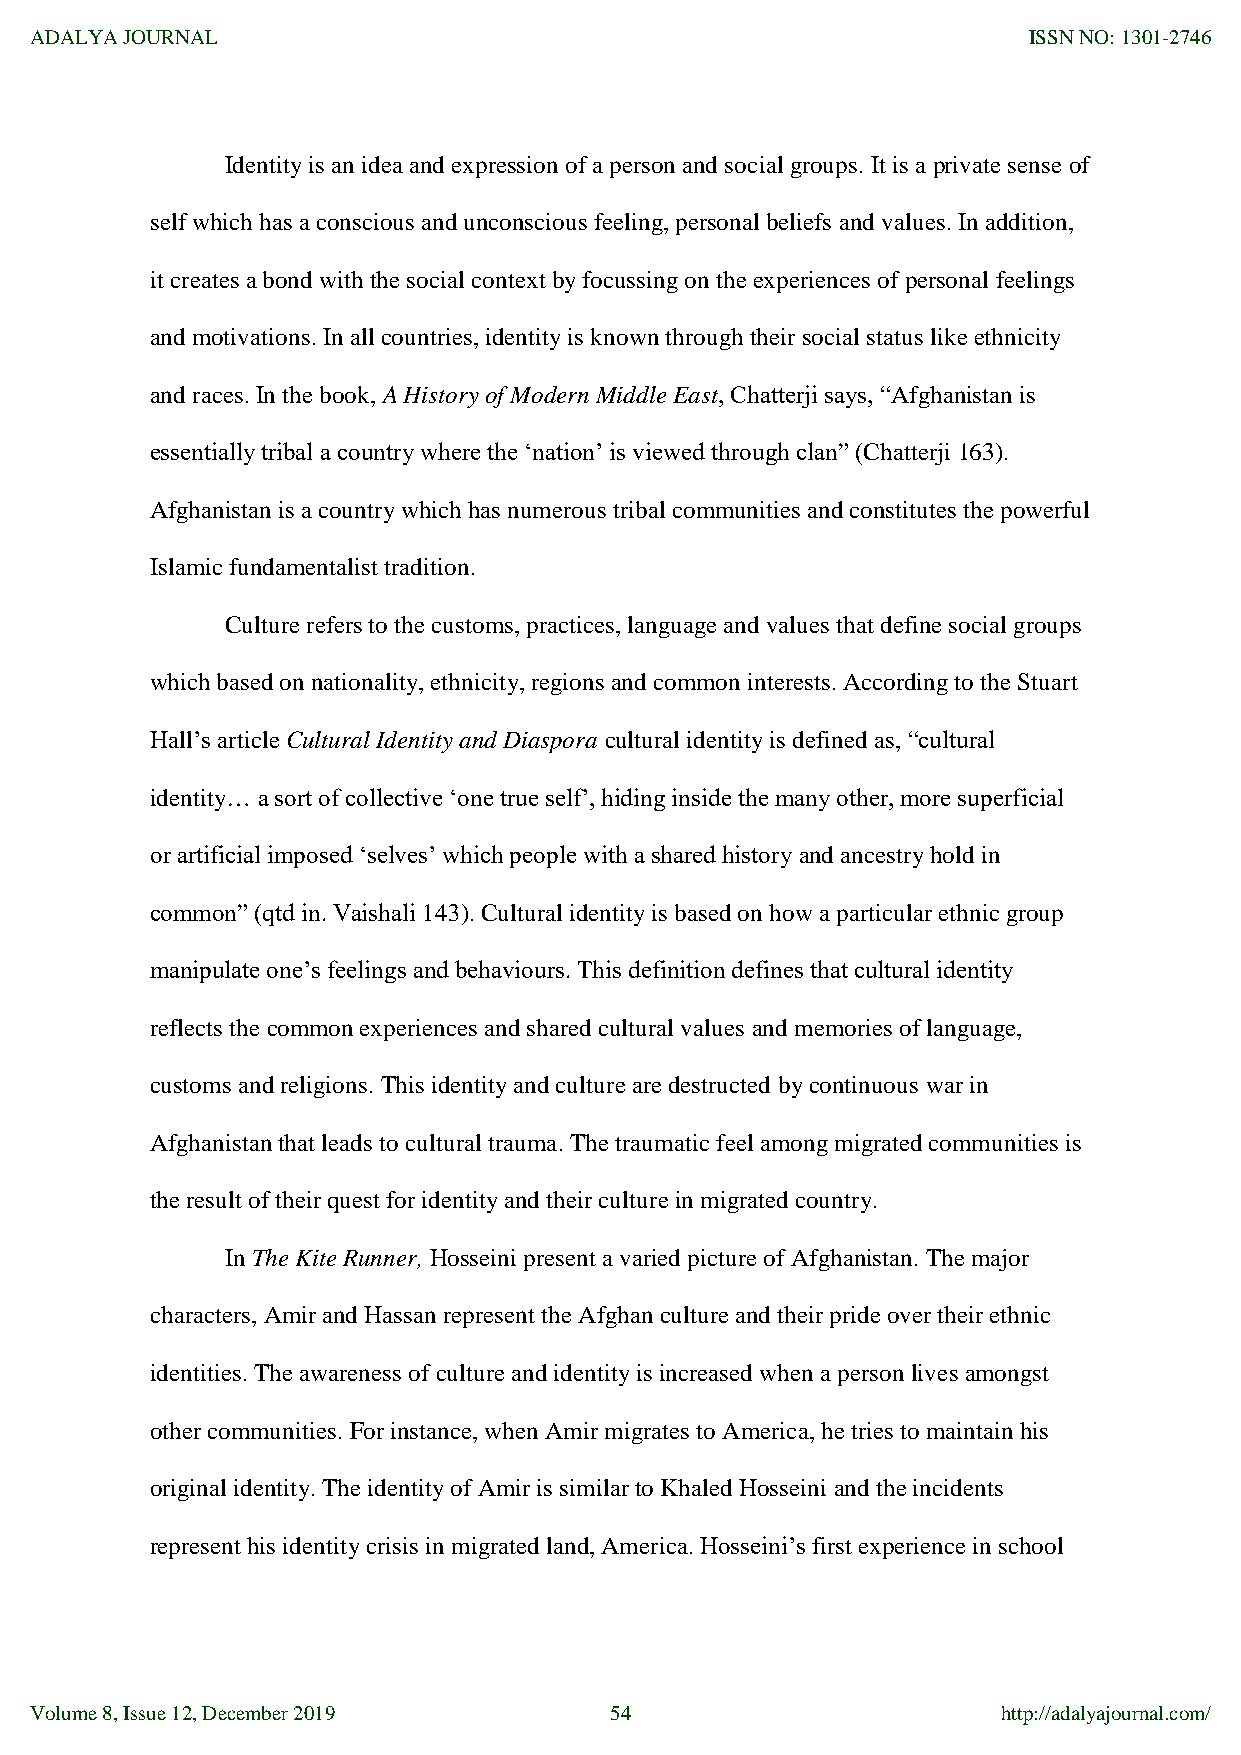
ADALYA JOURNAL                                                    ISSN NO: 1301-2746
 Identity is an idea and expression of a person and social groups. It is a private sense of
 self which has a conscious and unconscious feeling, personal beliefs and values. In addition,
 it creates a bond with the social context by focussing on the experiences of personal feelings
 and motivations. In all countries, identity is known through their social status like ethnicity
 and races. In the book, A History of Modern Middle East, Chatterji says, “Afghanistan is
 essentially tribal a country where the „nation‟ is viewed through clan” (Chatterji 163).
 Afghanistan is a country which has numerous tribal communities and constitutes the powerful
 Islamic fundamentalist tradition.
 Culture refers to the customs, practices, language and values that define social groups
 which based on nationality, ethnicity, regions and common interests. According to the Stuart
 Hall‟s article Cultural Identity and Diaspora cultural identity is defined as, “cultural
 identity… a sort of collective „one true self‟, hiding inside the many other, more superficial
 or artificial imposed „selves‟ which people with a shared history and ancestry hold in
 common” (qtd in. Vaishali 143). Cultural identity is based on how a particular ethnic group
 manipulate one‟s feelings and behaviours. This definition defines that cultural identity
 reflects the common experiences and shared cultural values and memories of language,
 customs and religions. This identity and culture are destructed by continuous war in
 Afghanistan that leads to cultural trauma. The traumatic feel among migrated communities is
 the result of their quest for identity and their culture in migrated country.
 In The Kite Runner, Hosseini present a varied picture of Afghanistan. The major
 characters, Amir and Hassan represent the Afghan culture and their pride over their ethnic
 identities. The awareness of culture and identity is increased when a person lives amongst
 other communities. For instance, when Amir migrates to America, he tries to maintain his
 original identity. The identity of Amir is similar to Khaled Hosseini and the incidents
 represent his identity crisis in migrated land, America. Hosseini‟s first experience in school
 Volume 8, Issue 12, December 2019     54                        http://adalyajournal.com/